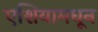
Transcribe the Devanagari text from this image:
एशियामधून